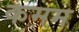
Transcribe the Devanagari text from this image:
कमम